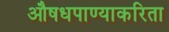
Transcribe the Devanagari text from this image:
औषधपाण्याकरिता